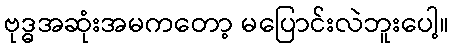
ဗုဒ္ဓအဆုံးအမကတော့ မပြောင်းလဲဘူးပေါ့။